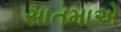
સાતમાએ